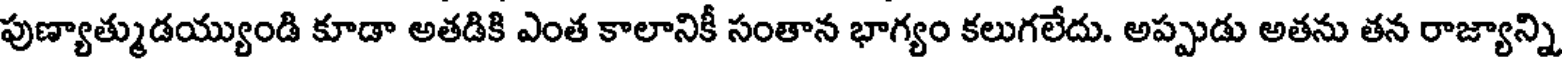
పుణ్యాత్ముడయ్యుండి కూడా అతడికి ఎంత కాలానికీ సంతాన భాగ్యం కలుగలేదు. అప్పుడు అతను తన రాజ్యాన్ని